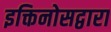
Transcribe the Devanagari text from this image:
इक्तिनोसद्वारा